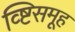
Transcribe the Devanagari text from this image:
व्ष्टिसमूह